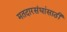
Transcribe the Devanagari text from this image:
मतदारसंघांसाठी